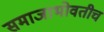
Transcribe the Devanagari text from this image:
समाजाभोवतीच